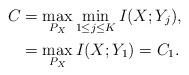
LaTeX: \begin{align*}C&=\max_{P_X} \min_{1\leq j\leq K} I(X;Y_j),\\&=\max_{P_X} I(X;Y_1)=C_1.\end{align*}